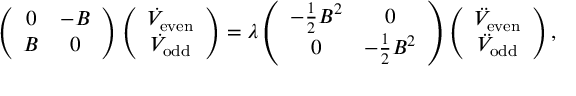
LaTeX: \left( \begin{array} { c c } { { 0 } } & { { - B } } \\ { { B } } & { { 0 } } \end{array} \right) \left( \begin{array} { c } { { \dot { V } _ { \mathrm { e v e n } } } } \\ { { \dot { V } _ { \mathrm { o d d } } } } \end{array} \right) = \lambda \left( \begin{array} { c c } { { - { \frac { 1 } { 2 } } B ^ { 2 } } } & { { 0 } } \\ { { 0 } } & { { - { \frac { 1 } { 2 } } B ^ { 2 } } } \end{array} \right) \left( \begin{array} { c } { { \ddot { V } _ { \mathrm { e v e n } } } } \\ { { \ddot { V } _ { \mathrm { o d d } } } } \end{array} \right) ,